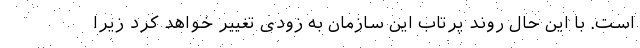
است. با این حال روند پرتاب این سازمان به زودی تغییر خواهد کرد زیرا